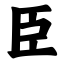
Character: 臣